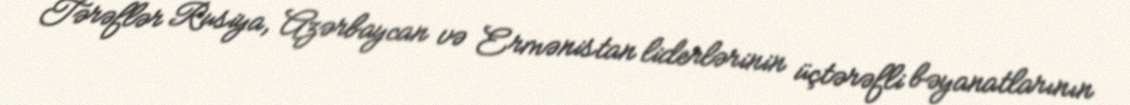
Tərəflər Rusiya, Azərbaycan və Ermənistan liderlərinin üçtərəfli bəyanatlarının